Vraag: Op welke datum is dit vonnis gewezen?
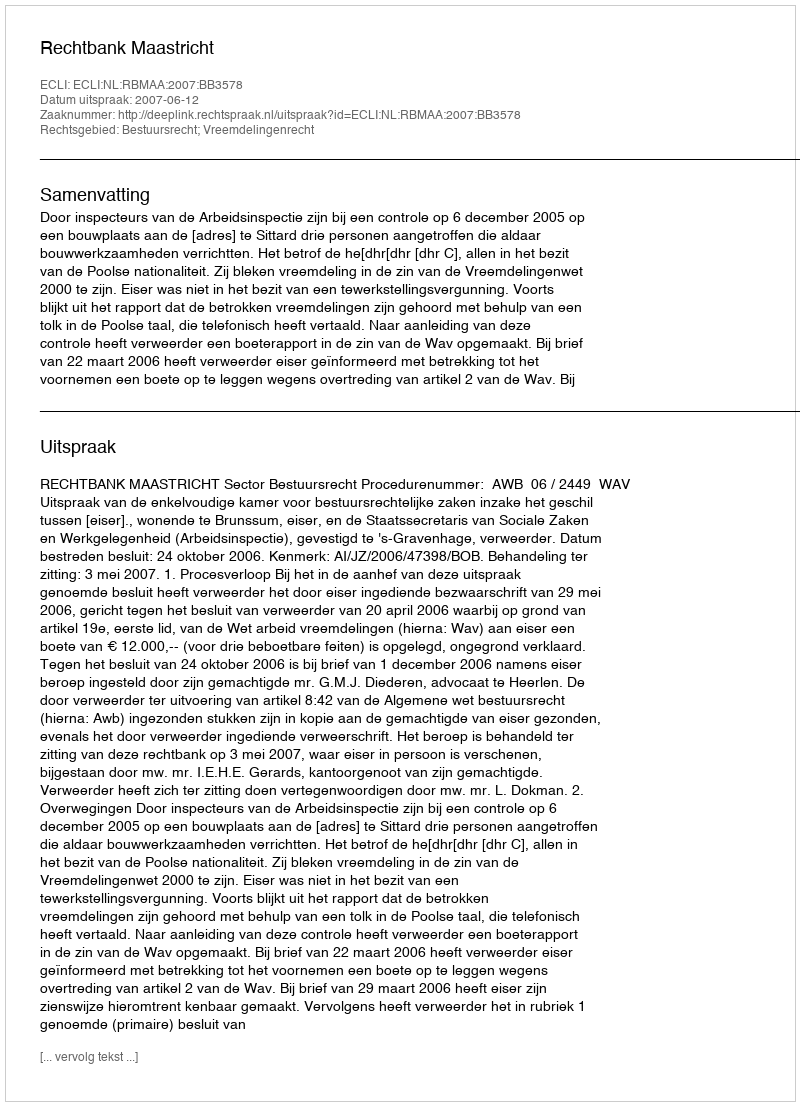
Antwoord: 2007-06-12